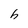
Character: h